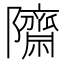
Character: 𮥱